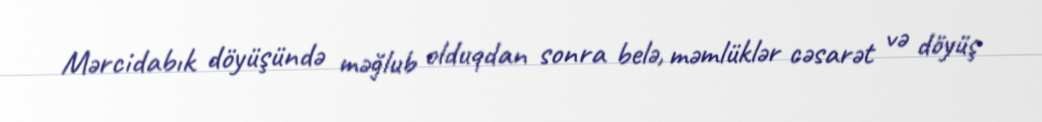
Mərcidabık döyüşündə məğlub olduqdan sonra belə, məmlüklər cəsarət və döyüş